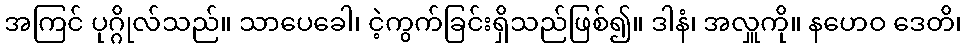
အကြင် ပုဂ္ဂိုလ်သည်။ သာပေခေါ၊ ငဲ့ကွက်ခြင်းရှိသည်ဖြစ်၍။ ဒါနံ၊ အလှူကို။ နဟေဝ ဒေတိ၊